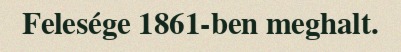
Felesége 1861-ben meghalt.